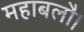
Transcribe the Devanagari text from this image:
महाबलौ।